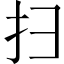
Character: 扫